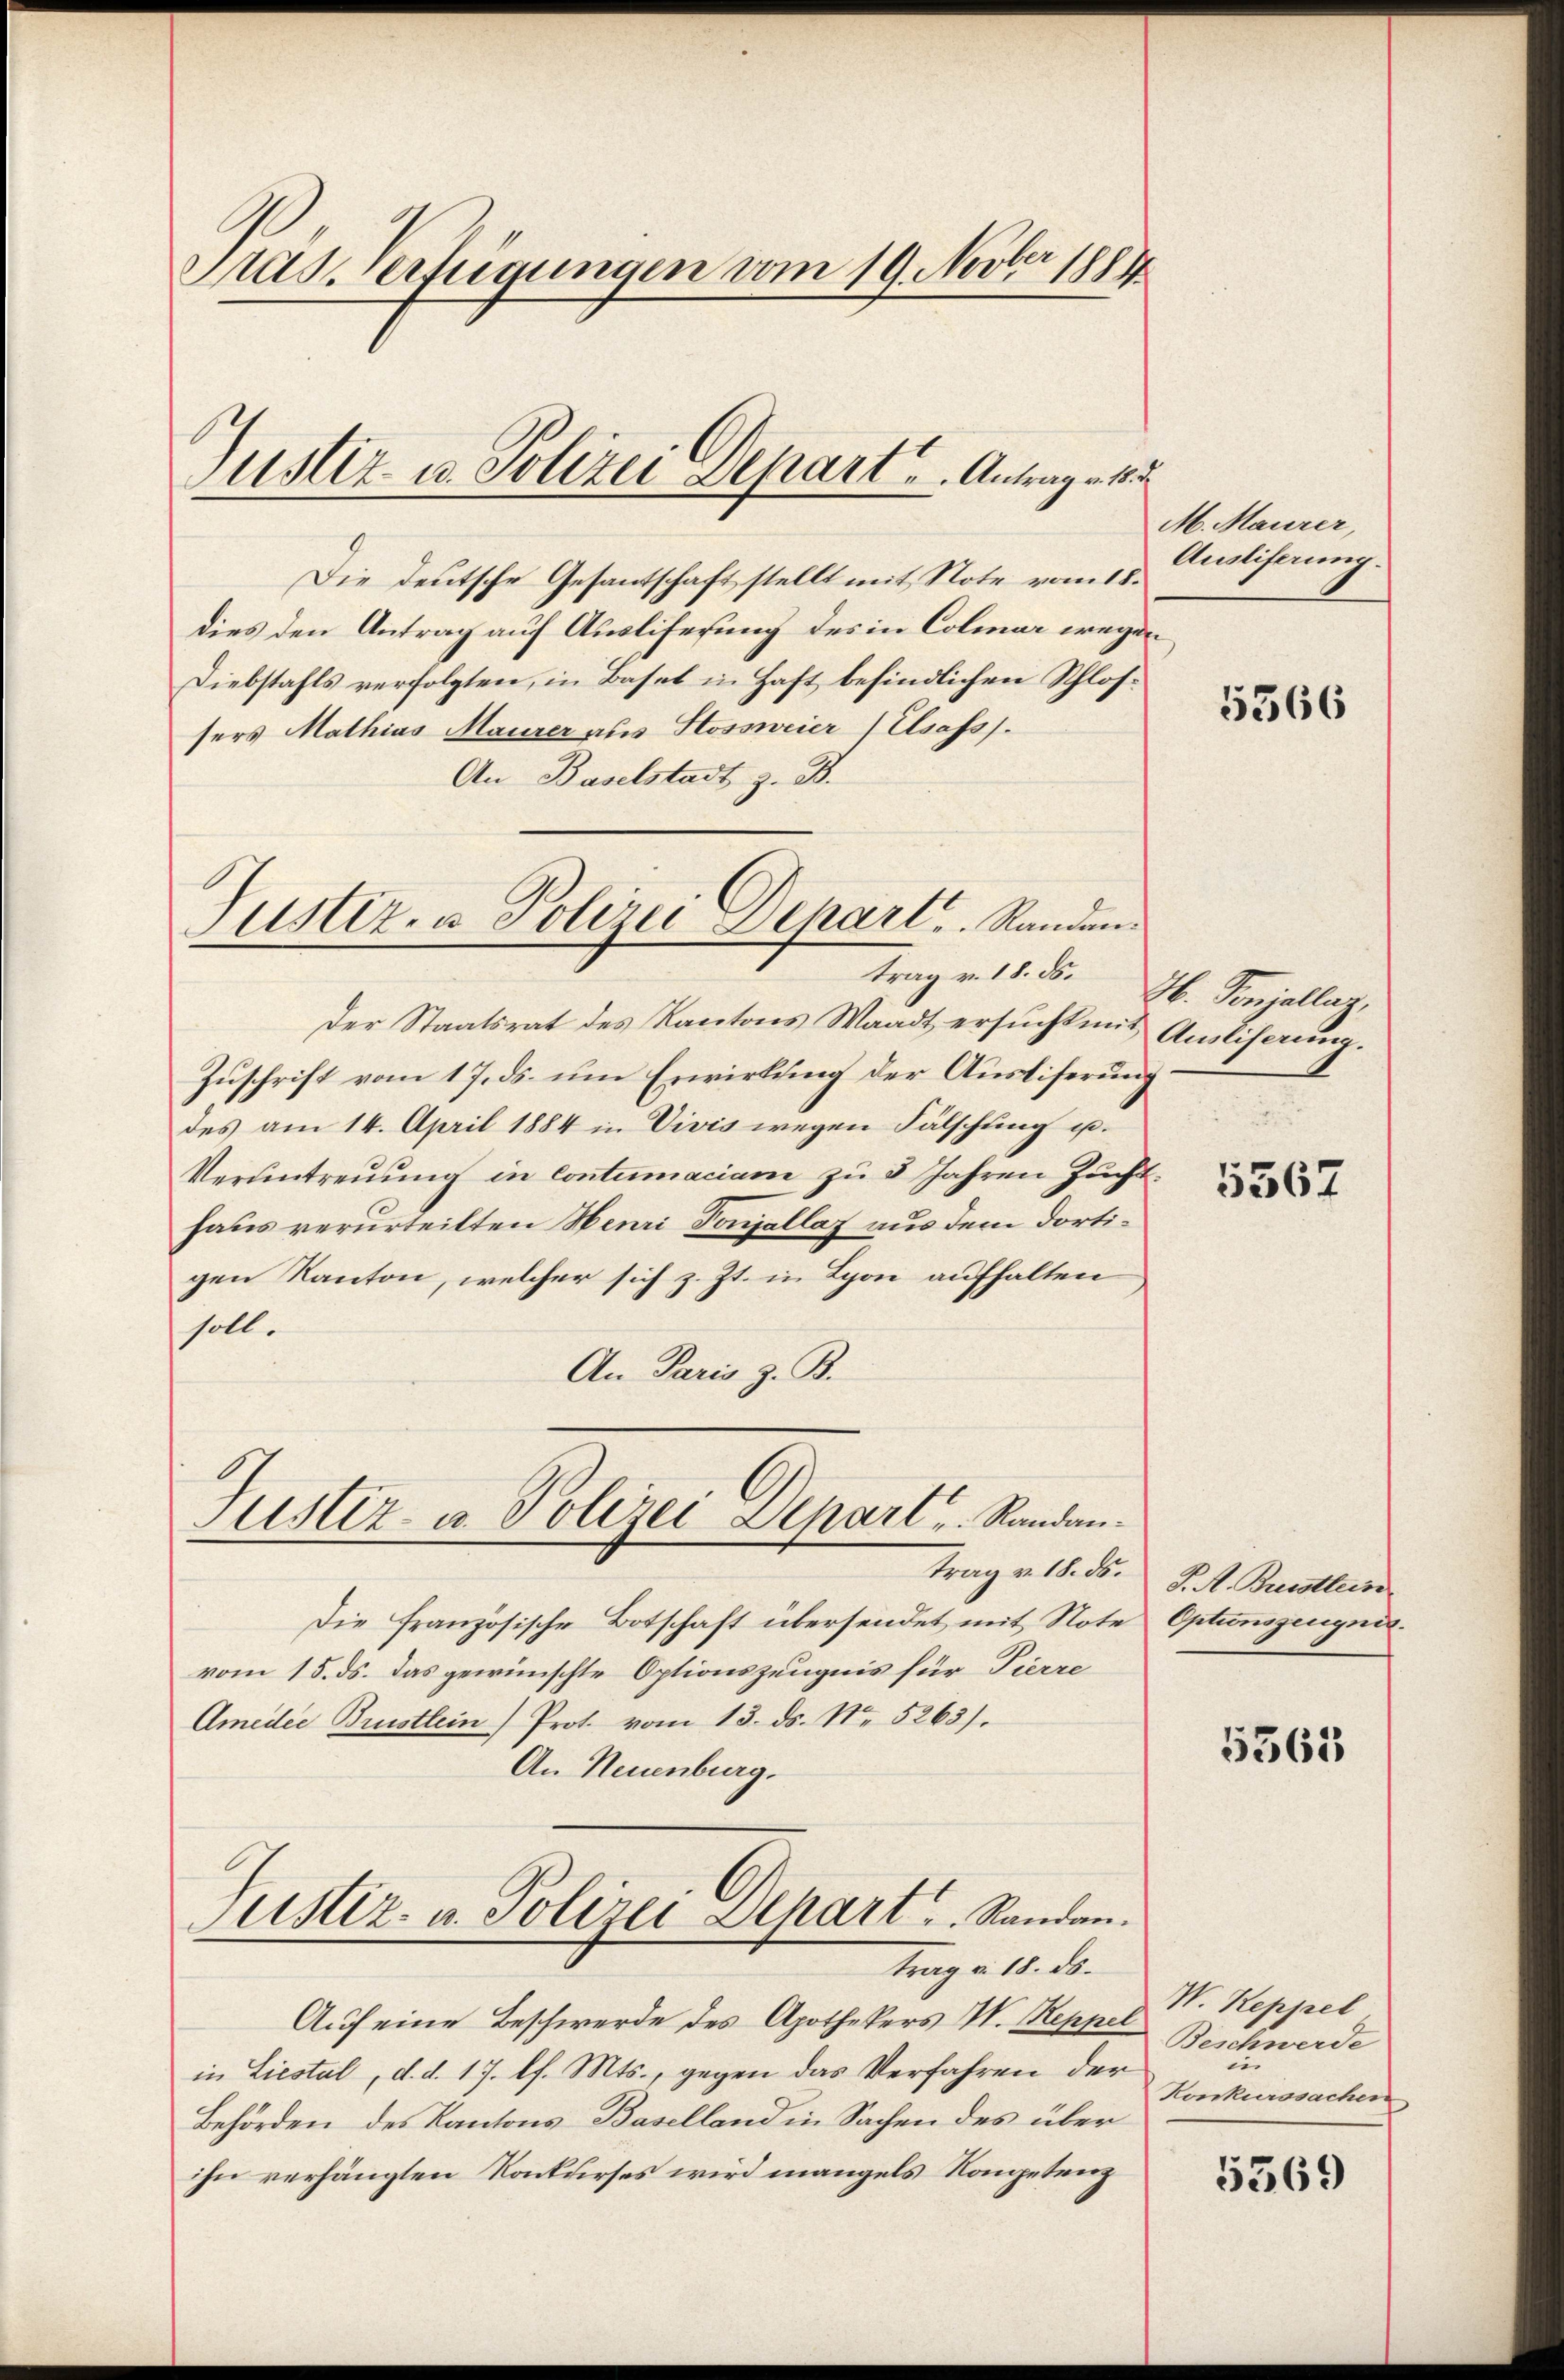
Masverfügungen vom 19. Novber 1884

Die deutsche Gesantschaft stellt mit Note vom 18.
dies den Antrag auf Ausliferung des in Colmar wegen
Diebstahls verfolgten, in Basel in Haft befindlichen Schlossers Mathias Maurer aus Hossweier (Elsass.
An Baselstadt z. B.

Justiz- u. Polizei Depart u. Antrage

Der Staatsrat des Kantons Waadt ersucht mit Ausliserung.
Zuschrift vom 17. ds. um Erwirkung der Auslieferung
des am 14. April 1884 in Vivis wegen Fälschung u.
Verantreuung in contumaciam zu 3 Jahren Zucht.
haus verurteilten Henri Sonnellaz aus dem dortigen Kanton, welcher sich z. Zt. in Lyon aufhalten
soll.
An Paris z. B.

Die französische Botschaft übersendet mit Note Optionszeugnis.
vom 15. ds. das gewünschte Optionszeugnis für Pierre
Ameder Brustlein Prot. vom 13. ds. No. 5263).
An Neuenburg.
Justiz- u. Polizei Depart. Randan

Justiz- & Polizei Dehart, Standen.
trag v. 18. ds. H. Vonjallag,

Justiz- u. Polizei Depart u. Randantrag v. 18. ds.

trag v. 18. ds.

Auf eine Beschwerde des Apothekers W. Reppel
in Liestal, d. d. 17. l. Mts., gegen das Verfahren der
Behörden des Kantons Baselland in Sachen des über
ihn verhängten Konkurses wird mangels Kompetenz

M. Maurer,
Ausliferung.

5366

5567

J. A. Breistlein

5563

W. Reppel
Beschwerde
en
Konkurssachen

5569